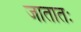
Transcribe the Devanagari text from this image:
जातातः